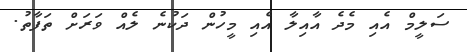
ސަލީމް އެއި މެދެ އާއިލާ އެއި މީހުން ދަކުނެ ލެއް ވަރަށް ތަފާތު.